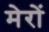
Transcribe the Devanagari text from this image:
मेरों